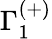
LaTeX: \Gamma_{1}^{(+)}